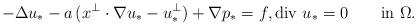
LaTeX: \begin{align*}-\Delta u_*-a\,(x^\perp\cdot\nabla u_*-u_*^\perp)+\nabla p_*=f, \mbox{div $u_*$}=0 \qquad\mbox{in $\Omega$}.\end{align*}